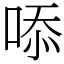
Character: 㖭